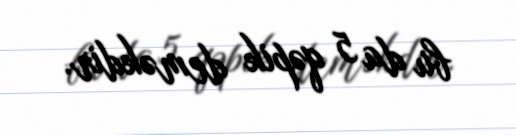
bu da 5 qəpik deməkdir.